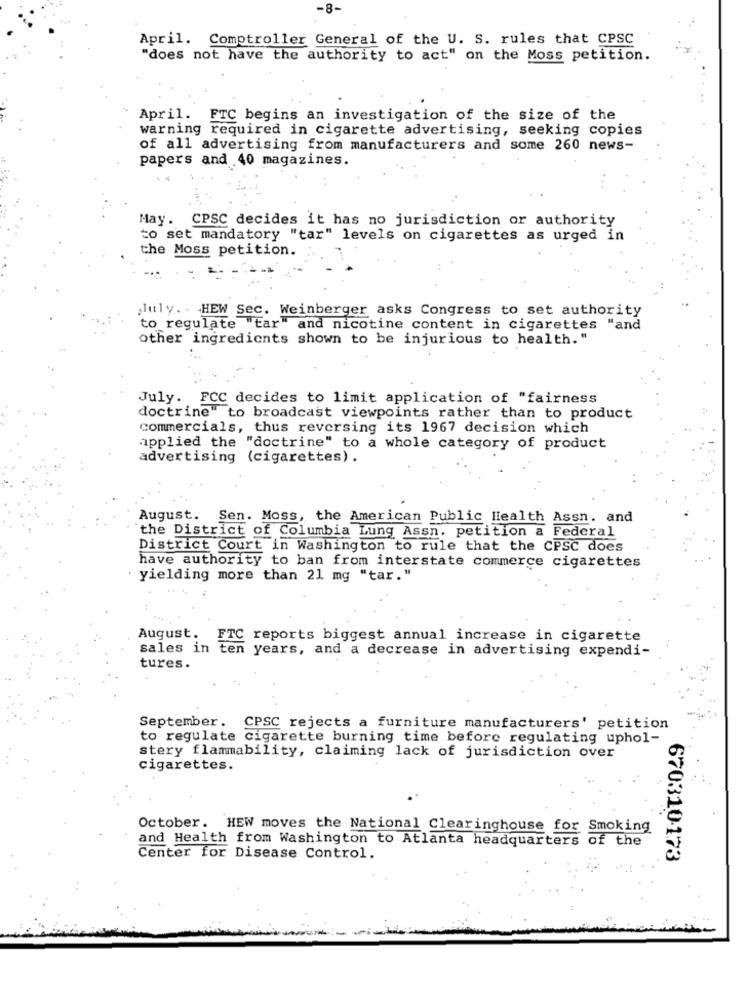
-8-
April. Comptroller General of the U. S. rules that CPSC
"does not have the authority to act" on the Moss petition.
April. FTC begins an investigation of the size of the
warning required in cigarette advertising, seeking copies
of all advertising from manufacturers and some 260 news-
papers and 40 magazines.
May. CPSC decides it has no jurisdiction or authority
to set mandatory "tar" levels on cigarettes as urged in
the Moss petition.
july .. HEW Sec. Weinberger asks Congress to set authority
to regulate "tar" and nicotine content in cigarettes "and
other ingredients shown to be injurious to health."
July. FCC decides to limit application of "fairness
doctrine" to broadcast viewpoints rather than to product
commercials, thus reversing its 1967 decision which
applied the "doctrine" to a whole category of product
advertising (cigarettes) .
August. Sen. Moss, the American Public Health Assn. and
the District of Columbia Lung Assn. petition a Federal
District Court in Washington to rule that the CPSC does
have authority to ban from interstate commerce cigarettes
· yielding more than 21 mg "tar."
August.
FTC reports biggest annual increase in cigarette
sales in
ten years, and a decrease in advertising expendi-
tures.
September. CPSC rejects a furniture manufacturers' petition
to regulate cigarette burning time before regulating uphol-
stery flammability, claiming lack of jurisdiction over
cigarettes.
October. HEW moves the National Clearinghouse for Smoking
and Health from Washington to Atlanta headquarters of the
Center for Disease Control.
670310-173